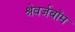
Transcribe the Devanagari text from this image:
श्रेवर्जबॉम